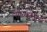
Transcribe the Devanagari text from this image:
साध्यासरळ